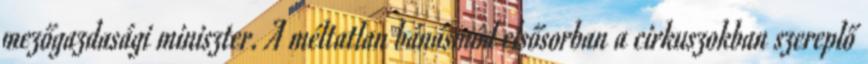
mezőgazdasági miniszter. A méltatlan bánásmód elsősorban a cirkuszokban szereplő